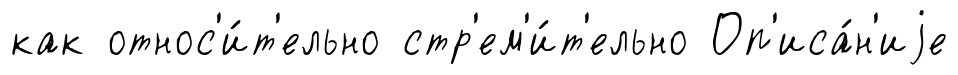
как относ'и́т'ельно стр'ем'и́т'ельно Оп'иса́н'иjе